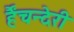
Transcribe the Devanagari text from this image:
र्हैंचन्देरी